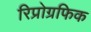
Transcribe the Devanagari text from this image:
रिप्रोग्रफिक